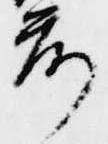
前